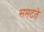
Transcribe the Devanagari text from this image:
समटते